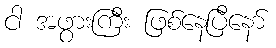
ငါ အဖွားကြီး ဖြစ်နေပြီနော်